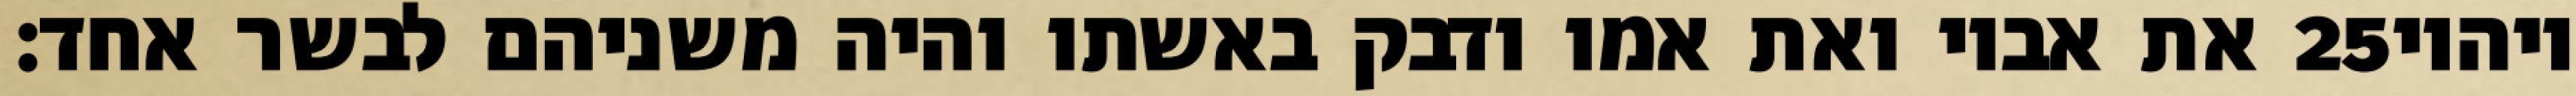
את אביו ואת אמו ודבק באשתו והיה משניהם לבשר אחד׃ ‎25‏ ויהיו